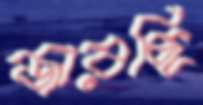
জারছি